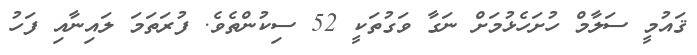
ޤައުމީ ސަލާމް ހުށަހެޅުމަށް ނަގާ ވަގުތަކީ 52 ސިކުންތެވެ. ފުރަތަމަ ލައިނާއި ފަހު